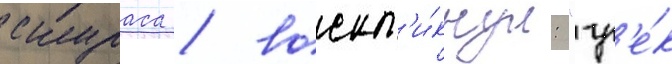
скураса / воскл'и́кнул: "гр'е́к